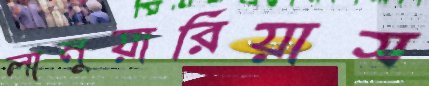
লানুয়ারিয়াস